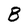
Character: B